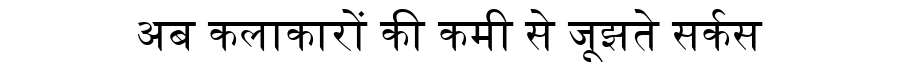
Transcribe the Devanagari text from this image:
अब कलाकारों की कमी से जूझते सर्कस